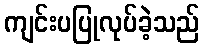
ကျင်းပပြုလုပ်ခဲ့သည်